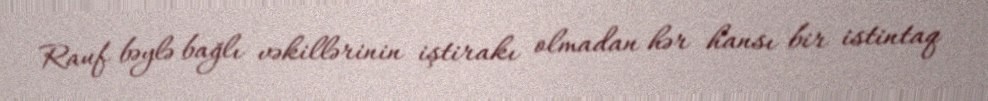
Rauf bəylə bağlı vəkillərinin iştirakı olmadan hər hansı bir istintaq